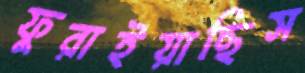
ফুরাইয়াছিস